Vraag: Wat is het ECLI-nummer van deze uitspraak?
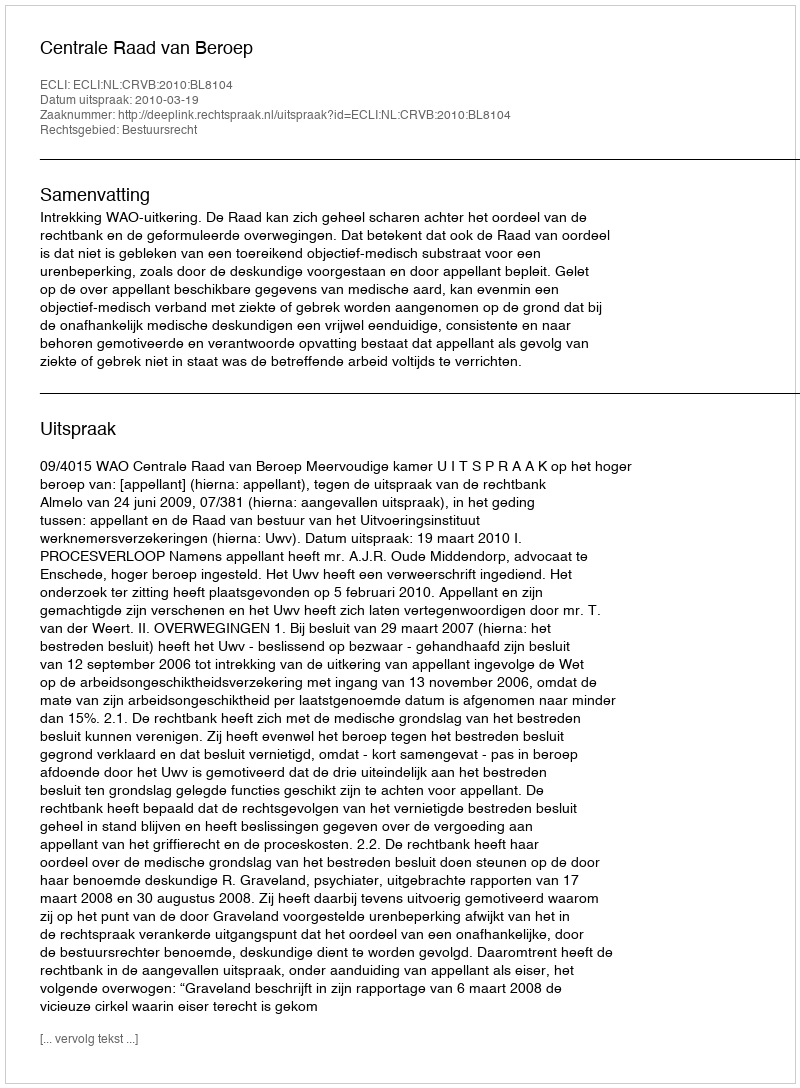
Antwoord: ECLI:NL:CRVB:2010:BL8104